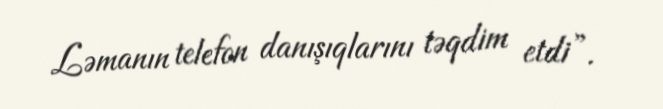
Ləmanın telefon danışıqlarını təqdim etdi”.